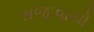
સજાવાયો